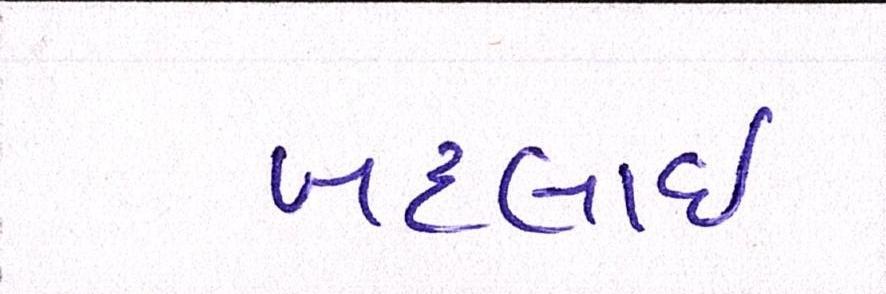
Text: બદલાઈ